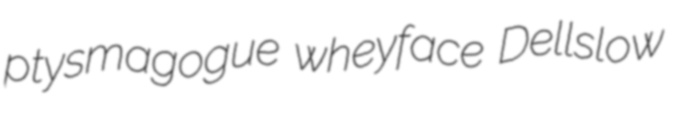
ptysmagogue wheyface Dellslow